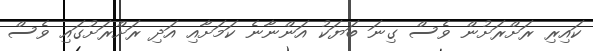
ކައިރި ރަށްރަށުން ވެސް ގިނަ ބަޔަކު އަންނާނެ ކަމަށާއި އަދި ރަށްރަށުގައި ވެސް